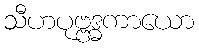
သီဟပုဗ္ဗဒ္ဓကာယော